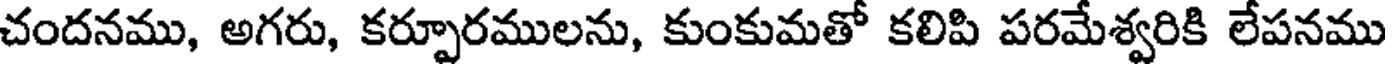
చందనము, అగరు, కర్పూరములను, కుంకుమతో కలిపి పరమేశ్వరికి లేపనము